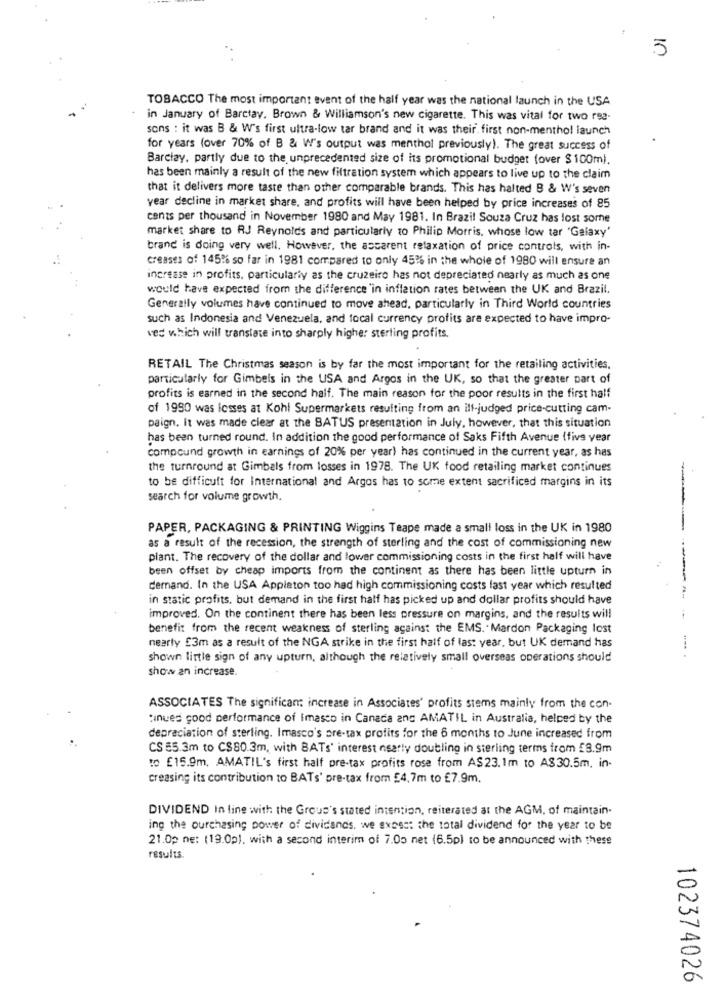
5
TOBACCO The most important event of the half year was the national launch in the USA
in January of Barclay. Brown & Williamson's new cigarette. This was vital for two rsa-
sons : it was B & W's first ultra-low tar brand and it was their first non-menthol launch
for years (over 70% of B & W's output was menthol previously). The great success of
Barclay, partly due to the unprecedented size of its promotional budget fover $ 100m).
has been mainly a result of the new filtration system which appears to live up to the claim
that it delivers more taste than other comparable brands. This has halted B & W's seven
year decline in market share, and profits will have been helped by price increases of 85
cents per thousand in November 1980 and May 1981. In Brazil Souza Cruz has lost some
market share to RJ Reynolds and particularly to Philip Morris, whose low tar 'Galaxy'
brand is doing very well. However, the ascarent relaxation of price controls, with in-
creases of 145% so far in 1981 compared to only 45% in the whole of 1980 will ensure an
increase in profits, particularly as the cruzeiro has not depreciated nearly as much as one
would have expected from the difference 'in inflation rates between the UK and Brazil.
Generally volumes have continued to move ahead, particularly in Third World countries
such as Indonesia and Venezuela, and local currency profits are expected to have impro-
ves which will translate into sharply higher sterling profits.
RETAIL The Christmas season is by far the most important for the retailing activities.
particularly for Gimbels in the USA and Argos in the UK, so that the greater part of
profits is earned in the second half. The main reason for the poor results in the first half
of 1990 was losses at Kohl Supermarkets resulting from an ilf-judged price-cutting cam-
paign. It was made clear at the BATUS presentation in July, however, that this situation
has been turned round. In addition the good performance of Saks Fifth Avenue (five year
compound growth in earnings of 20% per year) has continued in the current year, as has
the turnround at Gimbels from losses in 1978. The UK food retailing market continues
to be difficult for International and Argos has to some extent sacrificed margins in its
search for volume growth.
PAPER, PACKAGING & PRINTING Wiggins Teape made a small loss in the UK in 1980
as a result of the recession, the strength of sterling and the cost of commissioning new
plant. The recovery of the dollar and lower commissioning costs in the first half will have
been offset by cheap imports from the continent as there has been little upturn in
Cernand. In the USA Appleton too had high commissioning costs last year which resulted
in static profits, but demand in the first half has picked up and dollar profits should have
improved. On the continent there has been less pressure on margins, and the results will
benefit from the recent weakness of sterling against the EMS. Mardon Packaging lost
nearly £3m as a result of the NGA strike in the first half of last year, but UK demand has
shown little sign of any upturn, although the relatively small overseas operations should
show an increase.
ASSOCIATES The significant increase in Associates' profits stems mainly from the con-
:inues good performance of imasco in Canada and AMATIL in Australia, helped by the
depreciation of sterling. Imasco's pre-tax profits for the 6 months to June increased from
CS 55.3m to C$80.3m, with BATs' interest nearly doubling in sterling terms from £8.9m
to £15.9m. AMATIL's first half pre-tax profits rose from AS23.1m to A$30.5m, in-
creasing its contribution to BATs' pre-tax from £4,7m to £7.9m.
DIVIDEND In line with the Grous's stated intention, reiterated at the AGM, of maintain-
ing the purchasing power of dividends. we expect the total dividend for the year to be
21.0p ne: (19.0p). with a second interim of 7.00 net (6.5p) to be announced with these
results.
102374026